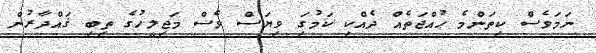
ނަމަވެސް ކިތަންމެ ޙުއްޖަތެއް ދެއްކި ކަމުގަި ވިޔަސް ވެސް މަޖިލީހުގެ ތިބި ޤައްދާރުން